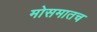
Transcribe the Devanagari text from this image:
मोसमातच